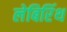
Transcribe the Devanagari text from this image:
लेबिरिंथ